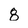
Character: 8